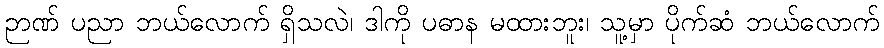
ဉာဏ် ပညာ ဘယ်လောက် ရှိသလဲ၊ ဒါကို ပဓာန မထားဘူး၊ သူ့မှာ ပိုက်ဆံ ဘယ်လောက်